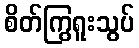
စိတ်ကြွရူးသွပ်